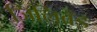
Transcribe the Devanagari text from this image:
जिलिब्रँड